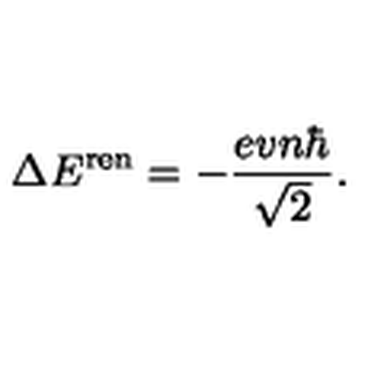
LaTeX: \Delta E ^ { \mathrm { r e n } } = - \frac { e v n \hbar } { \sqrt { 2 } } .